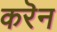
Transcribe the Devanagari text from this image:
करॆन